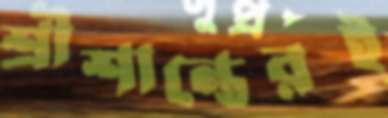
শ্রীশান্তেরই